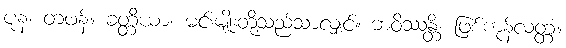
ပုန၊ တဖန်။ ခတ္တိယာ၊ မင်းမျိုးတို့သည်သာလျှင်။ ဘဝိဿန္တိ၊ ဖြစ်ကုန်လတ္တံ့။